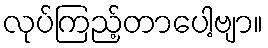
လုပ်ကြည့်တာပေါ့ဗျာ။